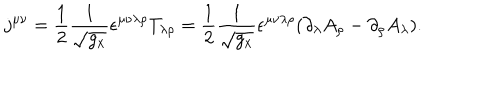
j ^ { \mu \nu } = \frac 1 2 \frac 1 { \sqrt { g _ { x } } } \epsilon ^ { \mu \nu \lambda \rho } T _ { \lambda \rho } = \frac 1 2 \frac 1 { \sqrt { g _ { x } } } \epsilon ^ { \mu \nu \lambda \rho } ( \partial _ { \lambda } A _ { \rho } - \partial _ { \rho } A _ { \lambda } ) .